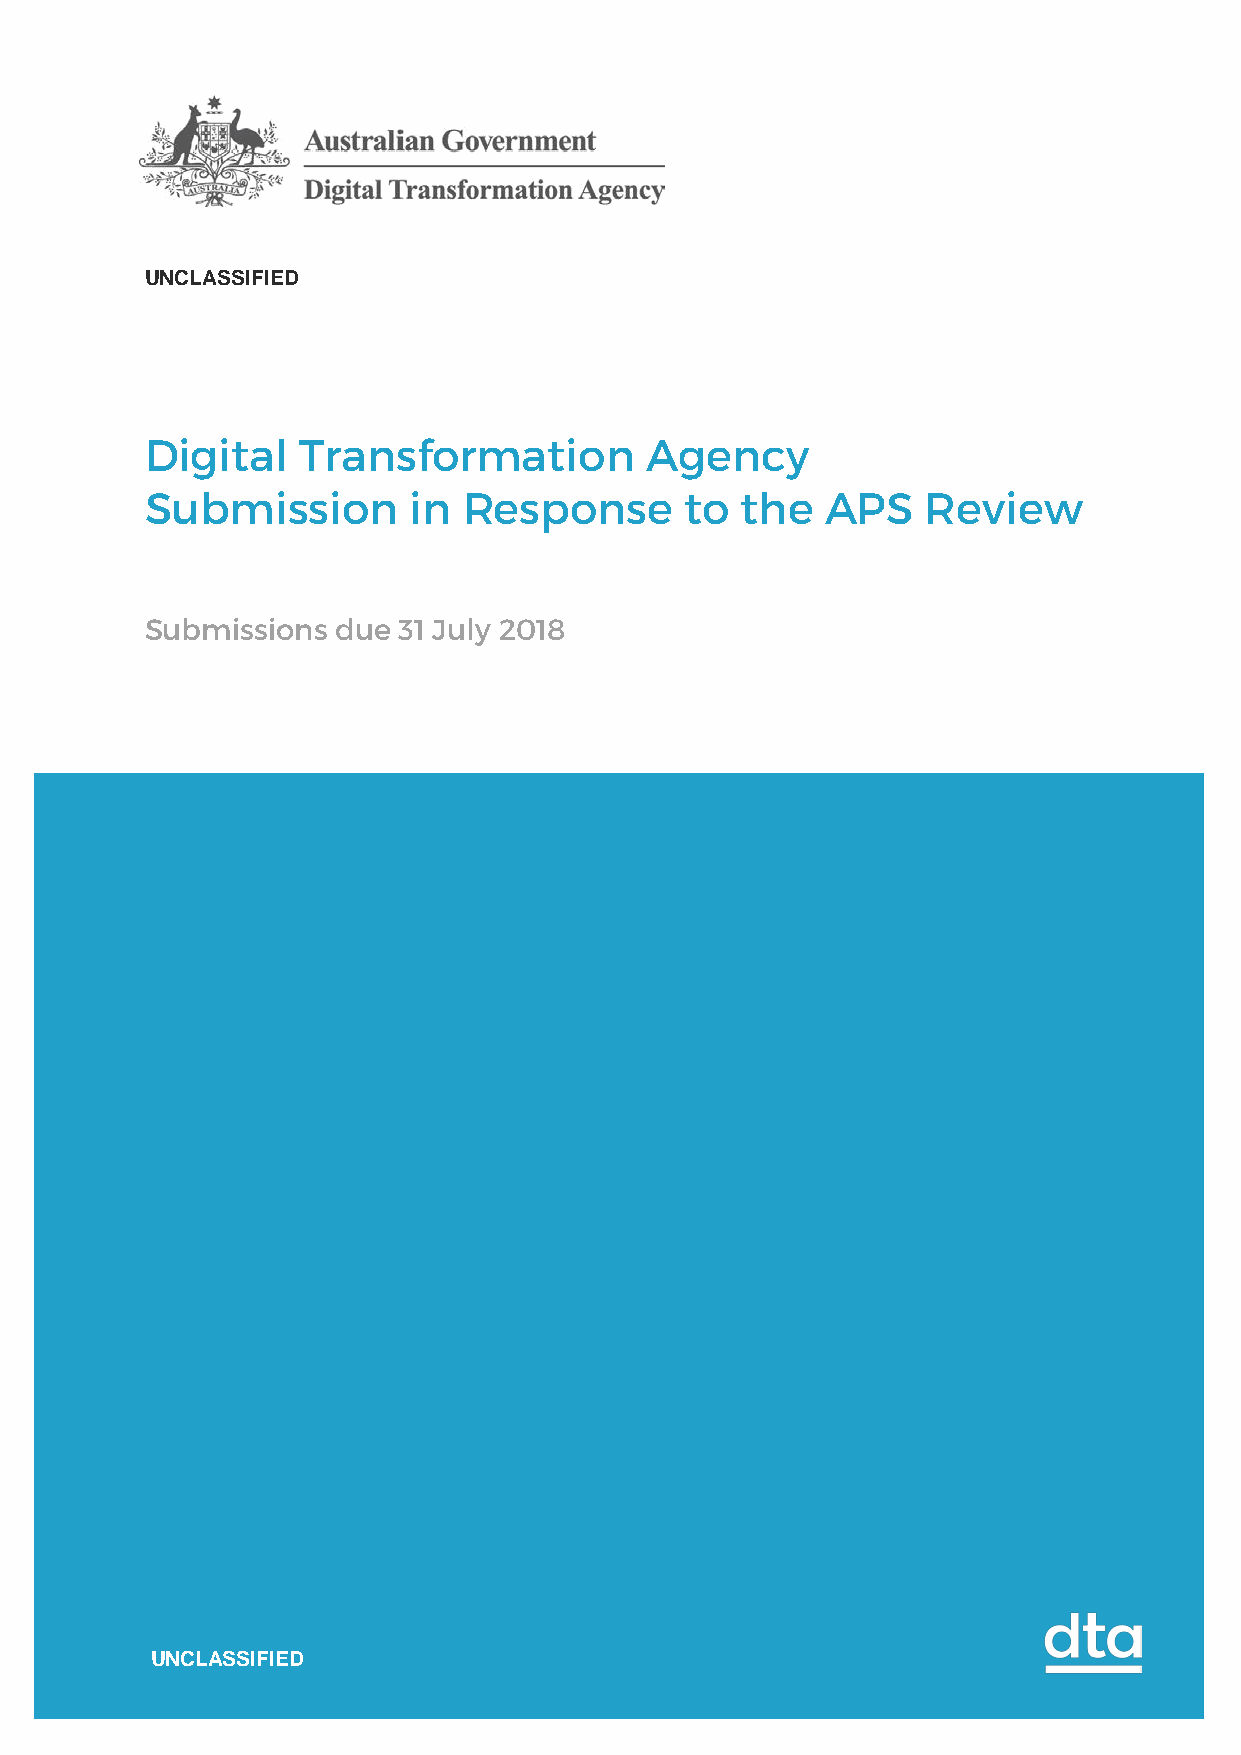
UNCLASSIFIED
 Digital   Transformation         Agency
 Submission       in  Response      to  the   APS   Review
 Submissions due 31 July 2018
 UNCLASSIFIED